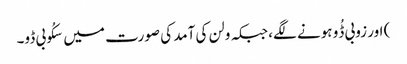
) اور زوبی ڈُو ہونے لگے، جبکہ ولن کی آمد کی صورت میں سکُوبی ڈو۔